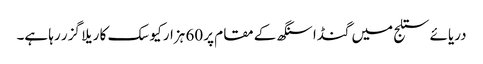
دریائے ستلج میں گنڈا سنگھ کے مقام پر 60 ہزار کیوسک کا ریلا گزر رہا ہے۔